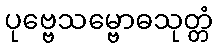
ပုဗ္ဗေသမ္ဗောဓသုတ္တံ